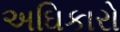
અઘિકારો